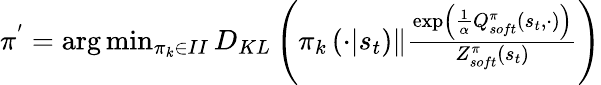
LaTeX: \begin{array}{r}{\pi^{'}=\arg\operatorname*{min}_{\pi_{k}\in II}D_{KL}\left(\pi_{k}\left(\cdot|s_{t}\right)\| \frac{\exp\left(\frac{1}{\alpha}Q_{soft}^{\pi}\left(s_{t},\cdot\right)\right)}{Z_{soft}^{\pi}\left(s_{t}\right)}\right)}\end{array}